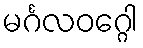
မင်္ဂလဝဂ္ဂေါ